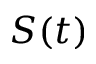
S ( t )